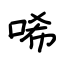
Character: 唏